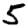
Digit: 5